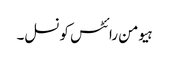
ہیومن رائٹس کونسل۔